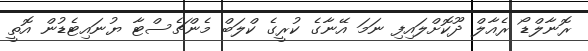
ރޮނާލްޑޯ ރެއާލް ދޫކޮށްލައިފި ނަމަ އޭނާގެ ކުރީގެ ކްލަބް މެންޗެސްޓާ ޔުނައިޓެޑުން އޮތީ